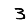
Digit: 3